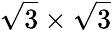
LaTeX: {\sqrt{3}}\times{\sqrt{3}}